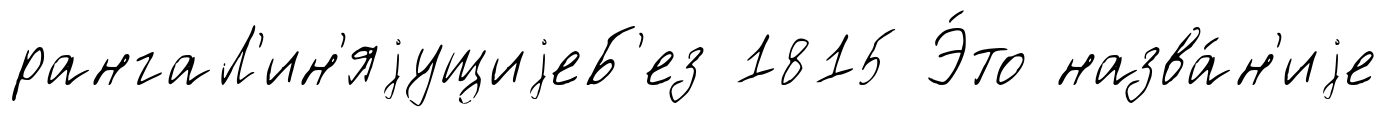
рангаЛ'ин'яjущиjеБ'ез 1815 Э́то назва́н'иjе